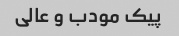
پیک مودب و عالی